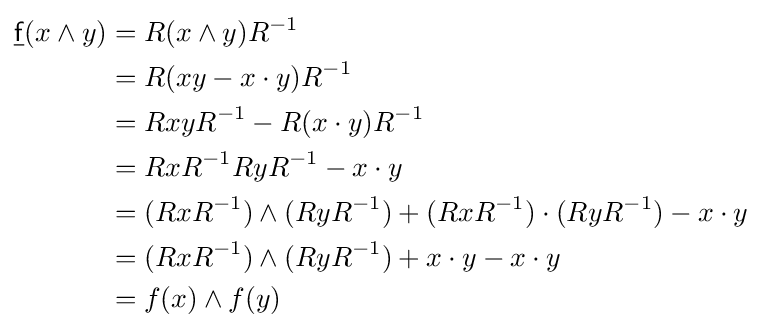
{\begin{aligned}{\underline {\mathsf {f}}}(x\wedge y)&=R(x\wedge y)R^{-1}\\&=R(xy-x\cdot y)R^{-1}\\&=RxyR^{-1}-R(x\cdot y)R^{-1}\\&=RxR^{-1}RyR^{-1}-x\cdot y\\&=(RxR^{-1})\wedge (RyR^{-1})+(RxR^{-1})\cdot (RyR^{-1})-x\cdot y\\&=(RxR^{-1})\wedge (RyR^{-1})+x\cdot y-x\cdot y\\&=f(x)\wedge f(y)\end{aligned}}